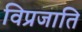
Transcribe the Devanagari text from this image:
विप्रजाति